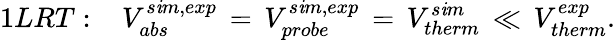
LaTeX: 1LRT:\, \, \, \, \, V_{abs}^{s\mathit{i}m,exp}\, =\, V_{probe}^{s\mathit{i}m,exp}\, =\, V_{therm}^{s\mathit{i}m}\, \ll\, V_{therm}^{exp}.